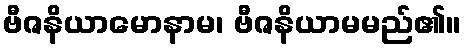
ဗီဇနိယာမောနာမ၊ ဗီဇနိယာမမည်၏။